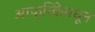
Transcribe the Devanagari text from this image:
आफ्रिकेमधून